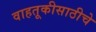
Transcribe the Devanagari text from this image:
वाहतूकीसाठीचे